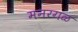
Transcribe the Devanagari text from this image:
मनरगळ